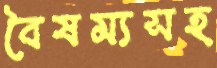
বৈষম্যসহ